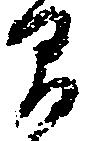
間